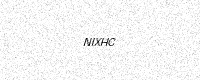
Text: NIXHC